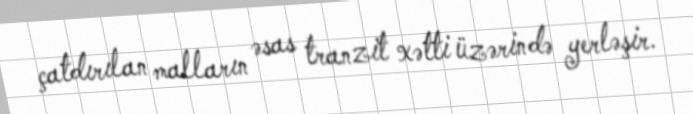
çatdırılan malların əsas tranzit xətti üzərində yerləşir.